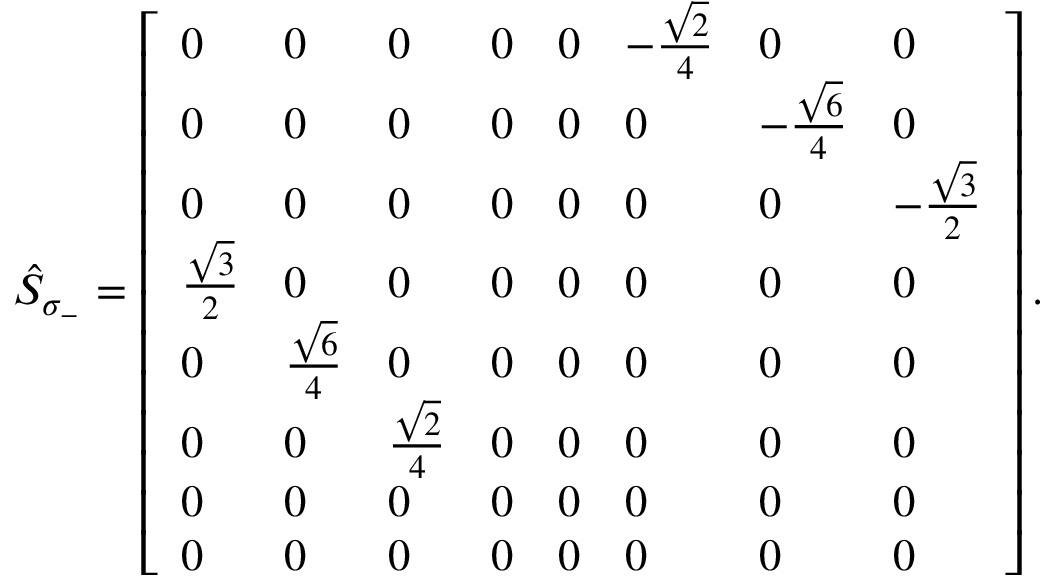
\begin{array} { r } { \hat { S } _ { \sigma _ { - } } = \left[ \begin{array} { l l l l l l l l } { 0 } & { 0 } & { 0 } & { 0 } & { 0 } & { - \frac { \sqrt { 2 } } { 4 } } & { 0 } & { 0 } \\ { 0 } & { 0 } & { 0 } & { 0 } & { 0 } & { 0 } & { - \frac { \sqrt { 6 } } { 4 } } & { 0 } \\ { 0 } & { 0 } & { 0 } & { 0 } & { 0 } & { 0 } & { 0 } & { - \frac { \sqrt { 3 } } { 2 } } \\ { \frac { \sqrt { 3 } } { 2 } } & { 0 } & { 0 } & { 0 } & { 0 } & { 0 } & { 0 } & { 0 } \\ { 0 } & { \frac { \sqrt { 6 } } { 4 } } & { 0 } & { 0 } & { 0 } & { 0 } & { 0 } & { 0 } \\ { 0 } & { 0 } & { \frac { \sqrt { 2 } } { 4 } } & { 0 } & { 0 } & { 0 } & { 0 } & { 0 } \\ { 0 } & { 0 } & { 0 } & { 0 } & { 0 } & { 0 } & { 0 } & { 0 } \\ { 0 } & { 0 } & { 0 } & { 0 } & { 0 } & { 0 } & { 0 } & { 0 } \end{array} \right] . } \end{array}